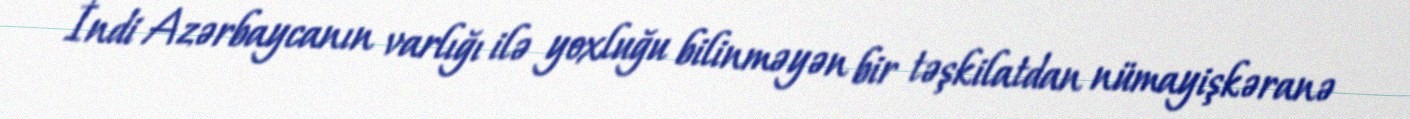
İndi Azərbaycanın varlığı ilə yoxluğu bilinməyən bir təşkilatdan nümayişkəranə